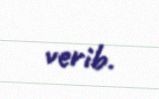
verib.